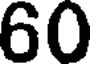
60